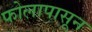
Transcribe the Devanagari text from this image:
फोलापासून